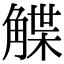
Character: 䚢